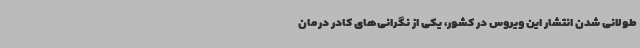
طولانی شدن انتشار این ویروس در کشور، یکی از نگرانی‌های کادر درمان